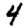
Digit: 4